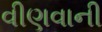
વીણવાની